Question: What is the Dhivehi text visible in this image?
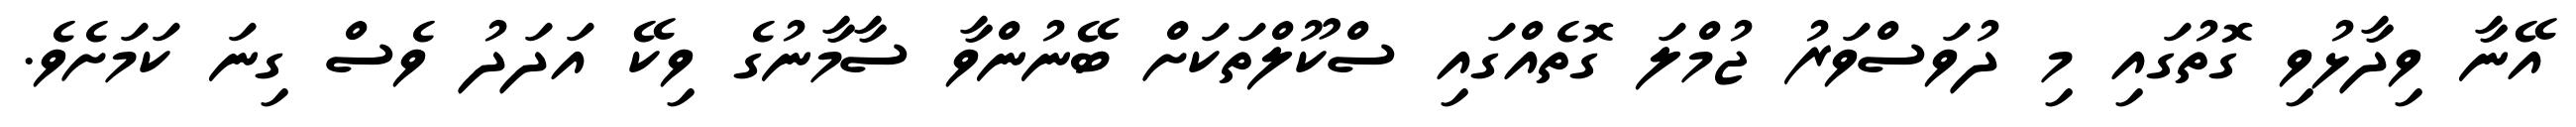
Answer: އޭނާ ވިދާޅުވި ގޮތުގައި މި ދުވަސްވަރު ޖުމްލަ ގޮތެއްގައި ސްކޫލްތަކަށް ބޭނުންވާ ސާމާނުގެ ވިކޭ އަދަދު ވެސް ގިނަ ކަމަށެވެ.